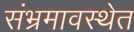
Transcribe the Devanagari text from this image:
संभ्रमावस्थेत